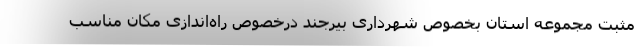
مثبت مجموعه استان بخصوص شهرداری بیرجند درخصوص راه‌اندازی مکان مناسب